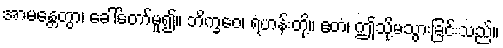
အာမန္တေတွာ၊ ခေါ်တော်မူ၍။ ဘိက္ခဝေ၊ ရဟန်းတို့။ ဧတံ၊ ဤသို့မသွားခြင်းသည်။